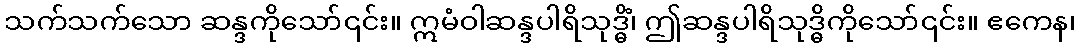
သက်သက်သော ဆန္ဒကိုသော်၎င်း။ ဣမံဝါဆန္ဒပါရိသုဒ္ဓိံ၊ ဤဆန္ဒပါရိသုဒ္ဓိကိုသော်၎င်း။ ဧကေန၊